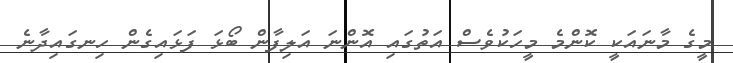
މީގެ މާނައަކީ ކޮންމެ މީހަކުވެސް އަތުގައި އޮންނަ އަލިފާން ބޯޅަ ފަޅައިގެން ހިނގައިދާނެ